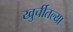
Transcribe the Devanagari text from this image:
खुर्चीतल्या